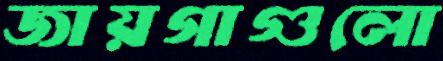
জায়গাগুলো